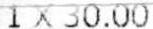
1 X 30.00